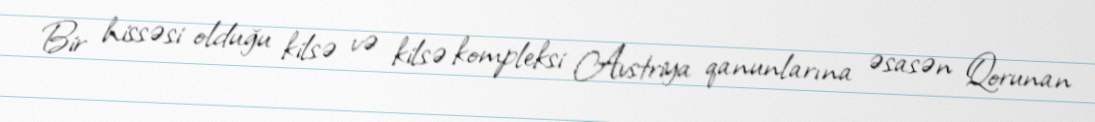
Bir hissəsi olduğu kilsə və kilsə kompleksi Avstriya qanunlarına əsasən Qorunan